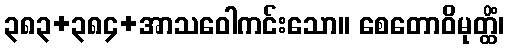
၃၈၃+၃၈၄+အာသဝေါကင်းသော။ စေတောဝိမုတ္ထိံ၊